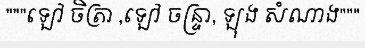
"""ឡៅ ចិត្រា ,ឡៅ ចន្ទ្រា, ឡុង សំណាង"""